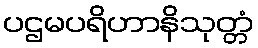
ပဌမပရိဟာနိသုတ္တံ